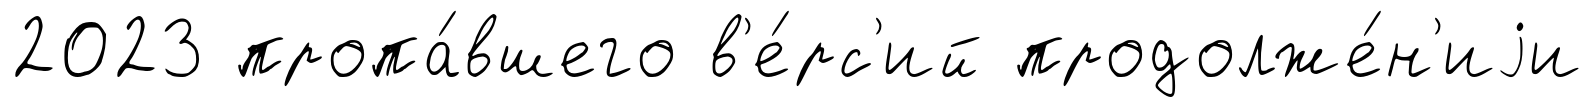
2023 пропа́вшего в'е́рс'ий продолже́н'иjи